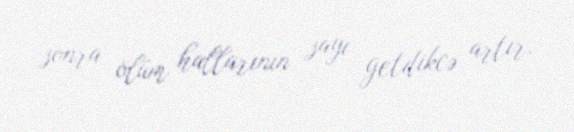
sonra ölüm hallarının sayı getdikcə artır.